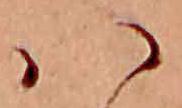
ハ